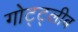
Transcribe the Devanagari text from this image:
गोट्ट्लीब